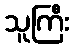
သူကြီး